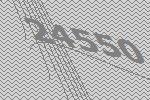
24550